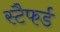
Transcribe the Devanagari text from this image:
स्टैफर्ड